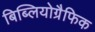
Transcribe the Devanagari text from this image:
बिब्लियोग्रैफिक